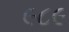
૯૮૯